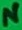
Text: N